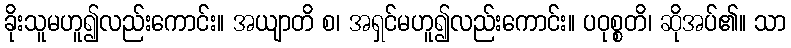
ခိုးသူမဟူ၍လည်းကောင်း။ အယျာတိ စ၊ အရှင်မဟူ၍လည်းကောင်း။ ပဝုစ္စတိ၊ ဆိုအပ်၏။ သာ